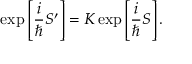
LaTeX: \exp \left[ \frac { i } { \hbar } S ^ { \prime } \right] = K \exp \left[ \frac { i } { \hbar } S \right] .